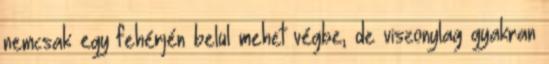
nemcsak egy fehérjén belül mehet végbe, de viszonylag gyakran